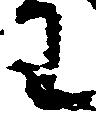
わ